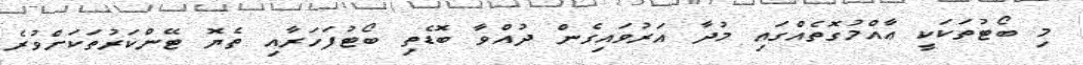
މި ބޯޓުތަކަކީ ޢާއްމުގޮތެއްގައި މުދާ އަރުވައިގެން ދުއްވާ ބޮޑެތި ބޯޓުފަހަރާއި ތެޔޮ ޓޭންކަރުތަކަށްވުރެ